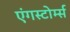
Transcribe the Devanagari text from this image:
एंगस्टोर्म्स